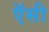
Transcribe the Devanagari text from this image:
ऍसी